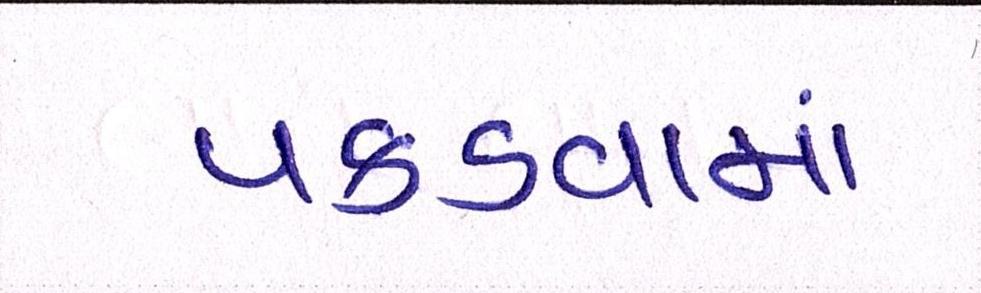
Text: પકડવામાં